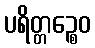
ပရိတ္တဉ္စေဝ